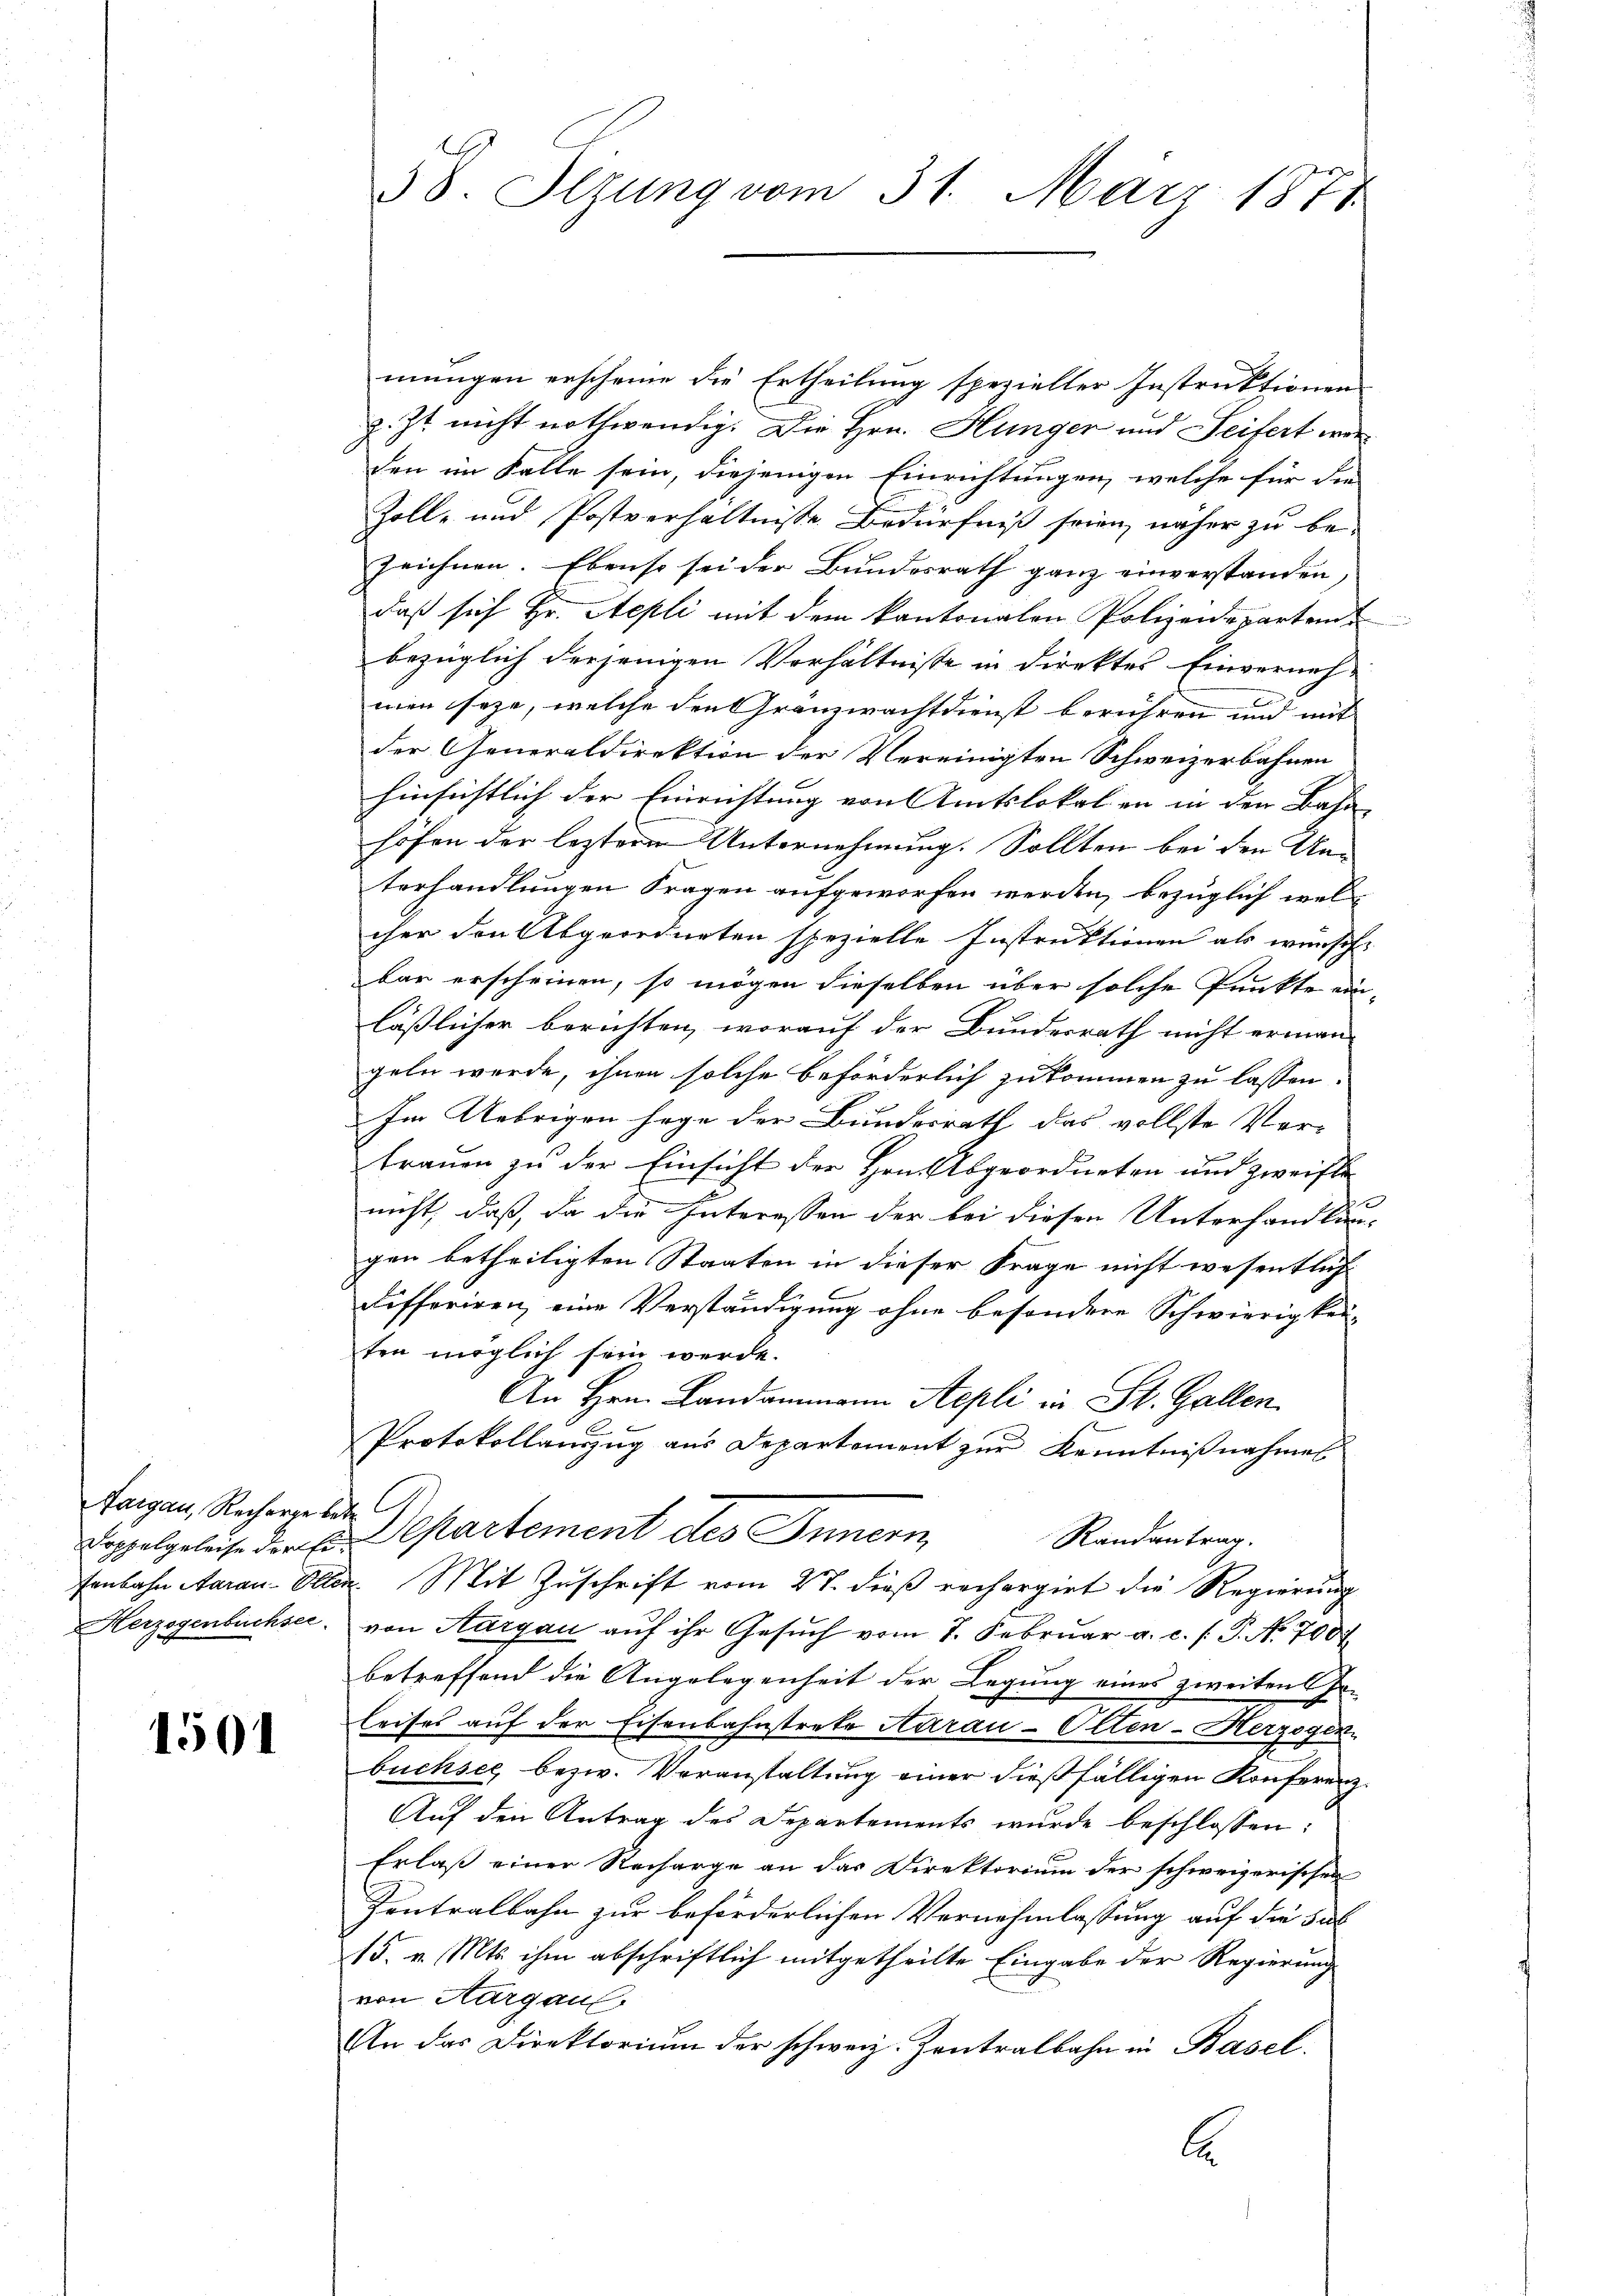
Fargau, Recharge betr. G

1501

mungen erscheine die Ertheilung spezieller Instruktionen
z. Zt. nicht nothwendig. Die Hrn. Hunger und Seifert werden im Falle sein, diejenigen Einrichtungen, welche für die
Zoll- und Postverhältnisse Bedürfniß seien, näher zu be-
Zeichnen. Ebenso sei der Bundesrath ganz einverstanden,
daß sich Hr. Aepli mit dem kantonalen Polizeidepartende
bezüglich derjenigen Verhältnisse in direktes Einverneh-
men seye, welche den Granzwachtdienst berühren und mit
der Generaldirektion der Vereinigten Schweizerbahnen
hinsichtlich der Einrichtung von Amtslokalen in den Bahn
höfen der lezteren Unternehmung. Sollten bei den Un-
terhandlungen Fragen aufgeworfen werden, bezüglich welcher den Abgeordneten spezielle Instruktionen als wünsch
bar erscheinen, so mögen dieselben über solche Punkte ein-
läßlicher berichten, worauf der Bundesrath nicht erman-
geln werde, ihnen solche beförderlich zukommen zu lassen.
Im Uebrigen sage der Bundesrath das vollste Ver-
trauen zu der Einsicht der Hrn. Abgeordneten und zweifte
nicht, daß, da die Interessen der bei diesen Unterhandlungen betheiligten Staaten in dieser Frage nicht wesentlich
differiren, eine Verständigung ohne besondere Schwierigkeiten möglich sein werde.
An Hrn. Landammann Aepli in St. Gallen
Protokollanzug aus Departement zur Kenntnißnahmes
oppelgeleise der Er Departement des Innern,
Randantrag.
senbahn Aarau-Olten. Mit Zuschrift vom 27. dieß rechargirt die Regierung
Herzogenbuchsee, von Aargau auf ihr Gesuch vom 7. Februar a. c. f. P. N. 700
betreffend die Angelegenheit der Legung eines zweiten Er-
leises auf der Eisenbahnstrete Aarau - Olten-Herzogen
büchsee bezw. Veranstaltung einer dießfälligen Konferenz¬
Auf den Antrag des Departements wurde beschlossen:
Erlaß einer Recharge an das Direktorium der schweizerischen
Zentralbahn zur beförderlichen Vernehmlassung auf die Sul
15. v. Mts. ihm abschriftlich mitgetheilte Eingabe der Regierung
von Aargau,
An das Direktorium der schweiz. Zentralbahn in Basel.
E

38. Itzung vom 31. März 1871